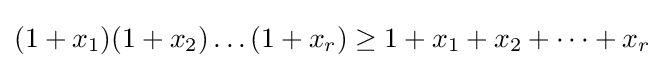
(1+x_{1})(1+x_{2})\dots (1+x_{r})\geq 1+x_{1}+x_{2}+\dots +x_{r}